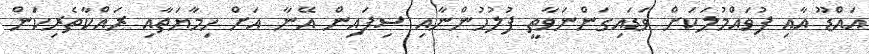
އައްޑޫ އާއި ފުވައްމުލަކަށް ވަޑައިގަންނަވާތީ ފުލުހުންނާއި ސިފައިން އޭނާ އަށް ހިމާޔަތާއި ރައްކާތެރިކަން